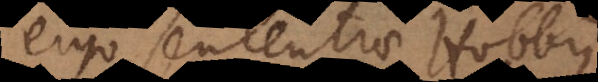
ergo sententiae Ho